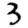
Digit: 3